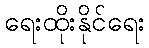
ရေးထိုးနိုင်ရေး